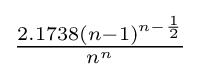
\textstyle {\frac {{2.1738}{(n-1)}^{n-{\frac {1}{2}}}}{n^{n}}}